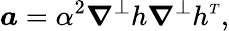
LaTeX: \boldsymbol{a}=\alpha^{2}\boldsymbol{\nabla}^{\perp}h\boldsymbol{\nabla}^{\perp}h^{\scriptscriptstyle T},